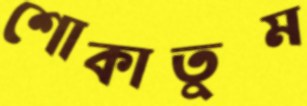
শোকাতুম